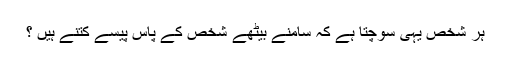
ہر شخص یہی سوچتا ہے کہ سامنے بیٹھے شخص کے پاس پیسے کتنے ہیں ؟